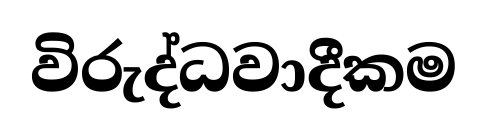
විරුද්ධවාදීකම